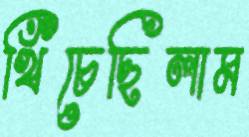
খিঁচেছিলাম